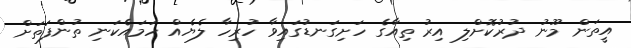
އީތަން މޫނު ދުރުކޮށްލި އިރު ތިއާގެ ހަށިގަނޑުގައިވާ ހުރިހާ ލެޔެއް ހަމައެކަނި ތުންފަތަށް